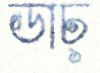
ডাচ্